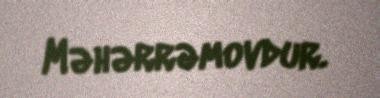
Məhərrəmovdur.